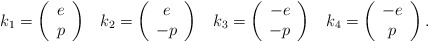
\begin{align*}k_1 = \left( \begin{array}{c} e \\ p \end{array} \right) \;\;\;k_2 = \left( \begin{array}{c} e \\ -p \end{array} \right) \;\;\;k_3 = \left( \begin{array}{c} -e \\ -p \end{array} \right) \;\;\;k_4 = \left( \begin{array}{c} -e \\ p \end{array} \right).\end{align*}